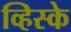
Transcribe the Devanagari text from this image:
व्हिस्के